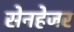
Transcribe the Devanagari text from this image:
सेनहेजर